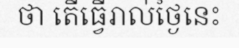
ថា តើធ្វើរាល់ថ្ងៃនេះ